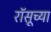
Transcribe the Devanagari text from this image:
रॉसूच्या